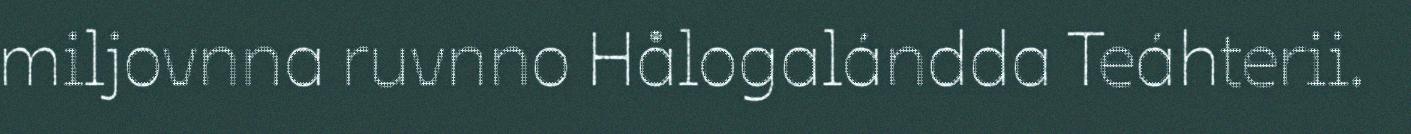
miljovnna ruvnno Hålogalándda Teáhterii.